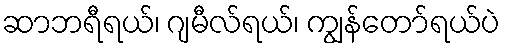
ဆာဘရီရယ်၊ ဂျမီလ်ရယ်၊ ကျွန်တော်ရယ်ပဲ